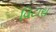
વિટારા